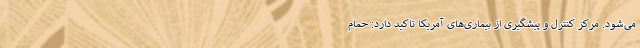
می‌شود. مرکز کنترل و پیشگیری از بیماری‌های آمریکا تاکید دارد: حمام